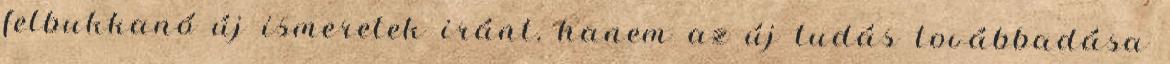
felbukkanó új ismeretek iránt, hanem az új tudás továbbadása